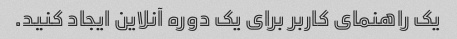
یک راهنمای کاربر برای یک دوره آنلاین ایجاد کنید.